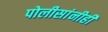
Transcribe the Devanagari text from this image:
पोलीसांनीही